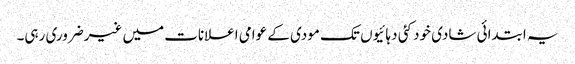
یہ ابتدائی شادی خود کئی دہائیوں تک مودی کے عوامی اعلانات میں غیرضروری رہی۔